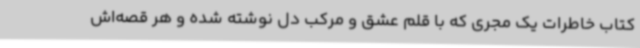
کتاب خاطرات یک مجری که با قلم عشق و مرکب دل نوشته شده و هر قصه‌اش